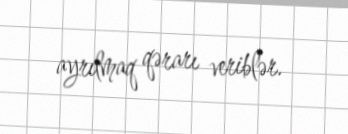
ayrılmaq qərarı veriblər.